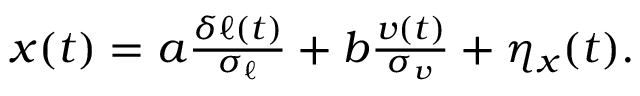
\begin{array} { r } { x ( t ) = a \frac { \delta \ell ( t ) } { \sigma _ { \ell } } + b \frac { v ( t ) } { \sigma _ { v } } + \eta _ { x } ( t ) . } \end{array}